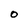
Character: O